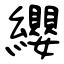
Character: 纓